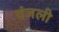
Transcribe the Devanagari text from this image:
वंजली